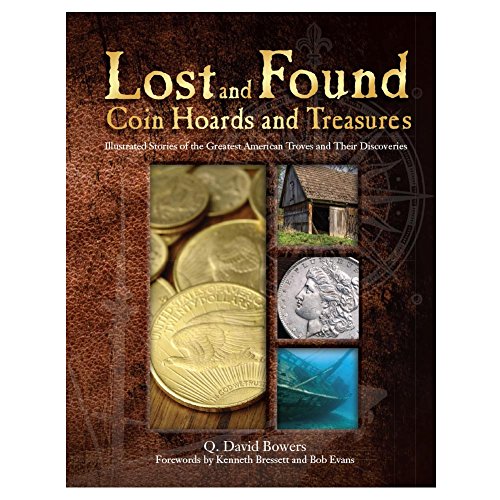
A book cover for Lost and Found Coin Hoards and Treasures: Illustrated Stories of the Greatest American Troves and Their Discoveries; Q. David Bowers; Crafts, Hobbies & Home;